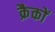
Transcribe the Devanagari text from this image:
क्रैकों